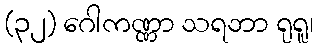
(၃၂) ဂေါကဏ္ဏာ သရဘာ ရုရူ၊